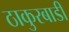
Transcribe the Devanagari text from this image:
ठाकुरबाडी